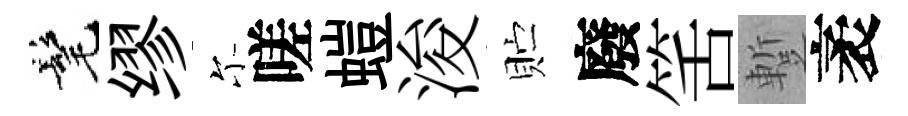
髦缪尓嗟螘浚贮廢筈蹔袤